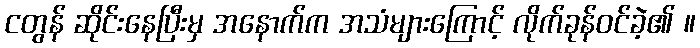
ငတွန် ဆိုင်းနေပြီးမှ အနောက်က အသံများကြောင့် လိုက်ခုန်ဝင်ခဲ့၏ ။